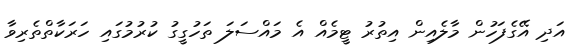
އަދި އޭގެފަހުން މާލެއިން އިތުރު ޓީމެއް އެ މައްސަލަ ތަހުގީގު ކުރުމުގައި ހަރަކާތްތެރިވާ